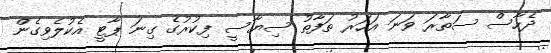
ދެހާސް ސަތާރަ ވަނަ އަހަރު ތަފާތު ސިޔާސީ ފިކުރުގެ ގިނަ ޕާޓީ އެކުލެވިގެން